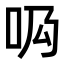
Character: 𠯷